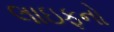
લાઇફનો